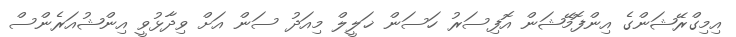
އިމިގްރޭޝަންގެ އިންފޮމޭޝަން އޮފިސަރު ހަސަން ޚަލީލް މިއަދު ސަން އަށް ވިދާޅުވީ އިންޝުއަރެންސް